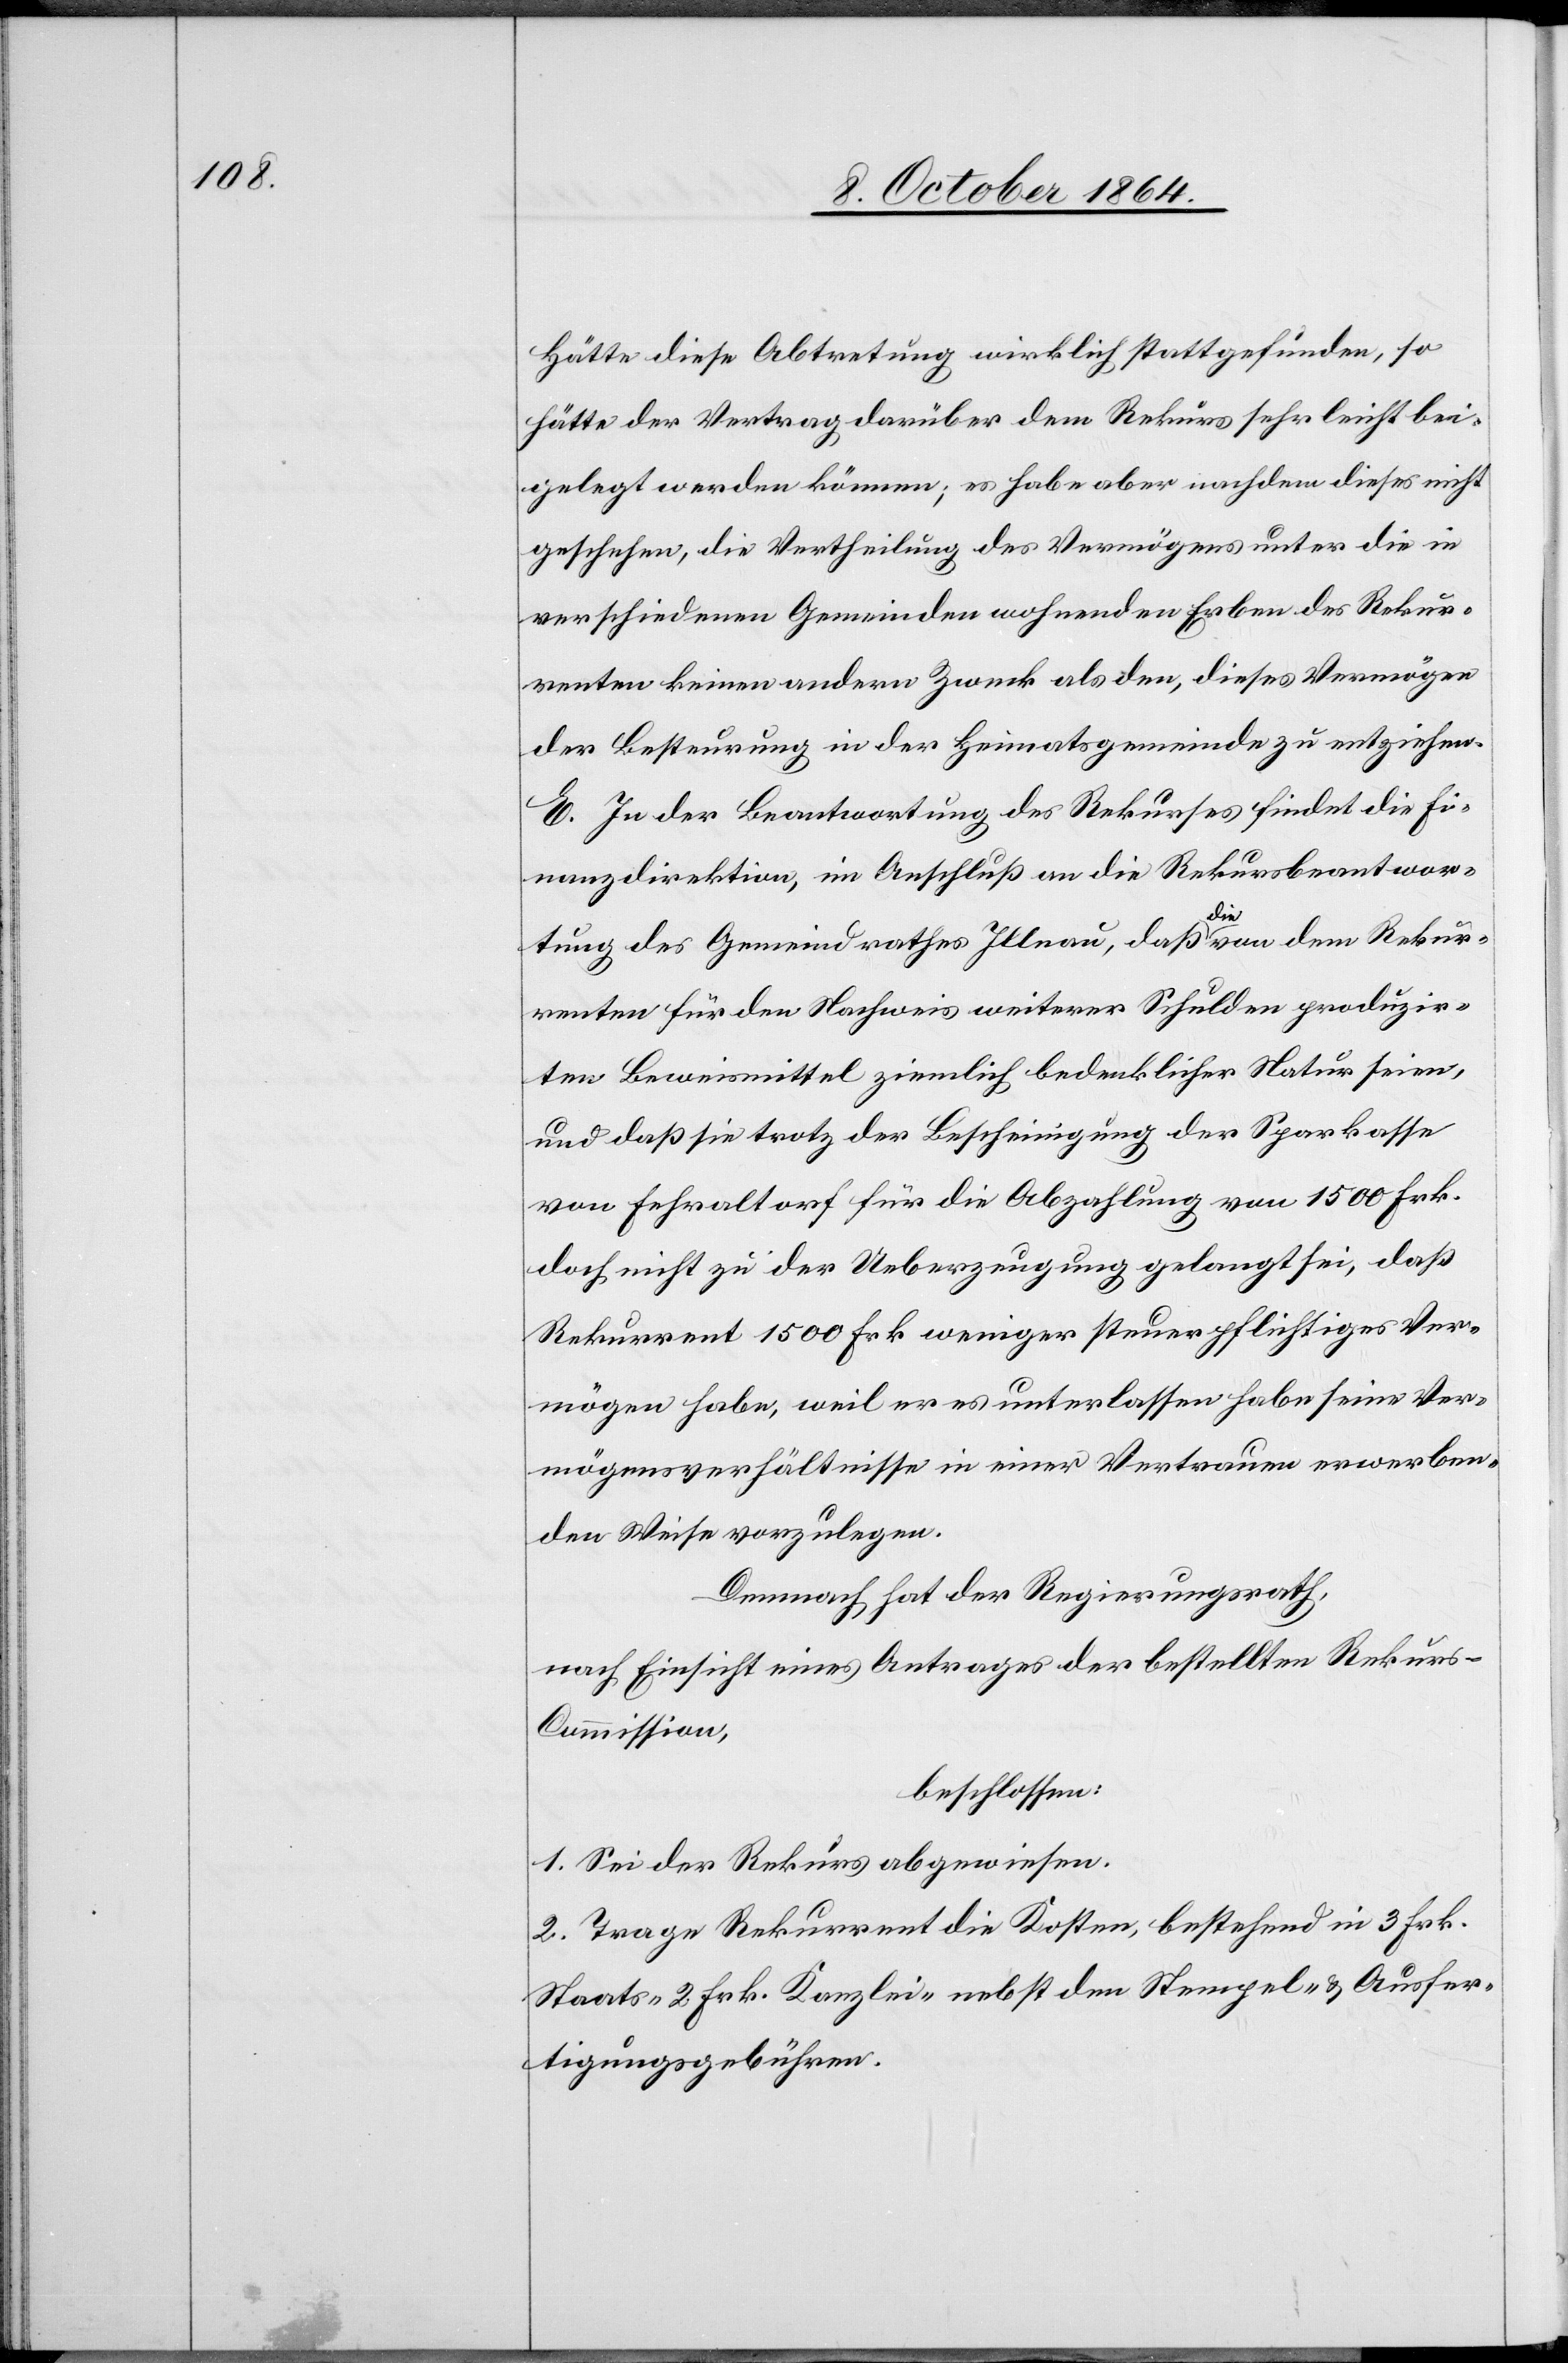
Hätte diese Abtretung wirklich stattgefunden, so
hätte der Vertrag darüber dem Rekurs sehr leicht bei¬
gelegt werden können; es habe aber nachdem dieses nicht
geschehen, die Vertheilung des Vermögens unter die in
verschiedenen Gemeinden wohnenden Erben des Rekur¬
renten keinen andern Zweck als den, dieses Vermögen
der Besteurung in der Heimatgemeinde zu entziehen.
E. In der Beantwortung des Rekurses findet die Fi¬
nanzdirektion, im Anschluß an die Rekursbeantwor¬
tung des Gemeindrathes Illnau, daß die von dem Rekur¬
renten für den Nachweis weiterer Schulden produzir¬
ten Beweismittel ziemlich bedenklicher Natur seien,
und daß sie trotz der Bescheinigung der Sparkasse
von Fehraltorf für die Abzahlung von 1 500 Frk.
doch nicht zu der Ueberzeugung gelangt sei, daß
Rekurrent 1 500 Frk. weniger steuerpflichtiges Ver¬
mögen habe, weil er es unterlassen habe seine Ver¬
mögensverhältnisse in einer Vertrauen erwecken¬
den Weise vorzulegen.
Demnach hat der Regierungsrath,
nach Einsicht eines Antrages der bestellten Rekur¬
s-Commission,
beschlossen:
1. Sei der Rekurs abgewiesen.
2. Trage Rekurrent die Kosten, bestehend in 3 Frk.
Staats- 2 Frk. Kanzlei- nebst den Stempel- & Ausfer¬
tigungsgebühren.